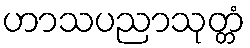
ဟာသပညာသုတ္တံ